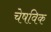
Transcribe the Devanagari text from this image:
चेषविक